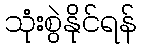
သုံးစွဲနိုင်ရန်